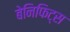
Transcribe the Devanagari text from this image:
बेनिफिट्स